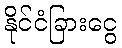
နိုင်ငံခြားငွေ